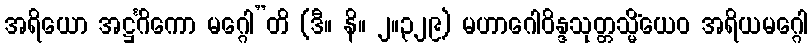
အရိယော အဋ္ဌင်္ဂိကော မဂ္ဂေါ”တိ (ဒီ။ နိ။ ၂။၃၂၉) မဟာဂေါဝိန္ဒသုတ္တသ္မိံယေဝ အရိယမဂ္ဂေါ